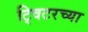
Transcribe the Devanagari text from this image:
ट्विटरच्या